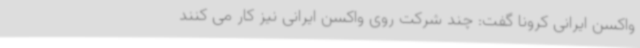
واکسن ایرانی کرونا گفت: چند شرکت روی واکسن ایرانی نیز کار می کنند